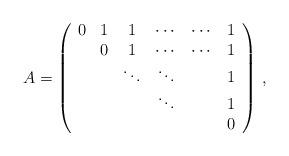
LaTeX: \begin{align*}A = \left(\begin{array}{cccccc}0 & 1 & 1 &\cdots &\cdots & 1\\ & 0 & 1 &\cdots &\cdots & 1\\& &\ddots &\ddots & & 1\\& & & \ddots & & 1\\& & & & & 0\end{array}\right)\,,\end{align*}